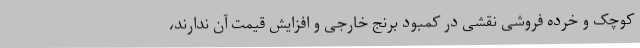
کوچک و خرده فروشی نقشی در کمبود برنج خارجی و افزایش قیمت آن ندارند،